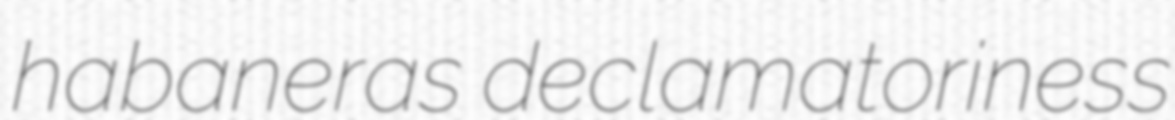
habaneras declamatoriness